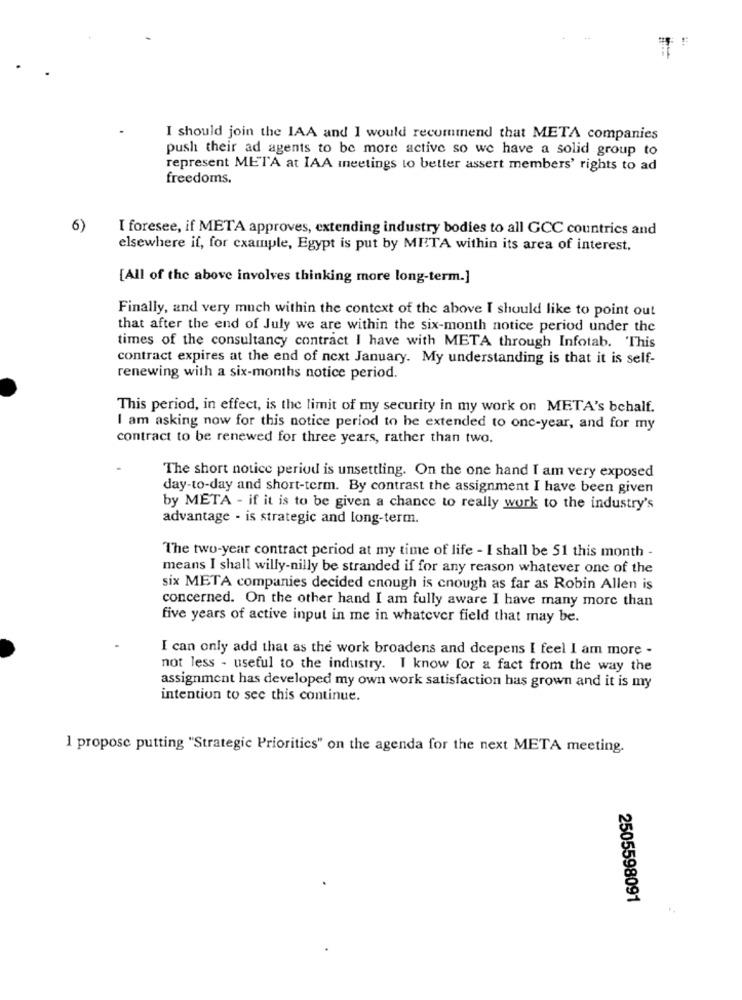
I should join the IAA and I would recommend that META companies
push their ad agents to be more active so we have a solid group to
represent META at IAA meetings to better assert members' rights to ad
freedoms.
6)
I foresee, if META approves, extending industry bodies to all GCC countries and
elsewhere if, for example, Egypt is put by META within its area of interest.
[All of the above involves thinking more long-term.]
Finally, and very much within the context of the above I should like to point out
that after the end of July we are within the six-month notice period under the
times of the consultancy contract I have with META through Infotab. This
contract expires at the end of next January. My understanding is that it is self-
renewing with a six-months notice period.
This period, in effect, is the limit of my security in my work on META's bchalf.
I am asking now for this notice period to be extended to one-year, and for my
contract to be renewed for three years, rather than two.
The short notice period is unsettling. On the one hand I am very exposed
day-to-day and short-term. By contrast the assignment I have been given
by META - if it is to be given a chance to really work to the industry's
advantage - is strategic and long-term.
The two-year contract period at my time of life - I shall be 51 this month -
means I shall willy-nilly be stranded if for any reason whatever one of the
six META companies decided enough is cnough as far as Robin Allen is
concerned. On the other hand I am fully aware I have many more than
five years of active input in me in whatever field that may be.
I can only add that as the work broadens and dcepens I feel I am more -
not less - useful to the industry. I know for a fact from the way the
assignment has developed my own work satisfaction has grown and it is my
intention to see this continue.
1 propose putting "Strategic Priorities" on the agenda for the next META meeting.
2505598091